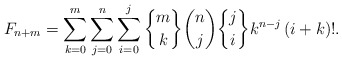
\begin{align*}F_{n+m}=\sum_{k=0}^{m}\sum_{j=0}^{n}\sum_{i=0}^{j}\genfrac{\{}{\}}{0pt}{}{m}{k}\binom{n}{j}\genfrac{\{}{\}}{0pt}{}{j}{i}k^{n-j}\left( i+k\right) !. \end{align*}